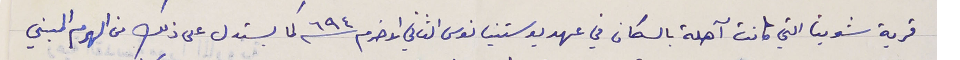
قرية شويتا التي كانت آهلة بالسكان في عهد يوستنيانوس الثاني الاخرم سنة ٦٩٤ كما يستدل على ذلك من الهرم المبني